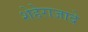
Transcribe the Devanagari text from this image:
शेहेराजादे